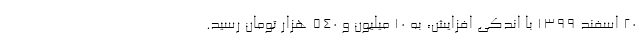
۲۰ اسفند ۱۳۹۹ با اندکی افزایش، به ۱۰ میلیون و ۵۴۰ هزار تومان رسید.